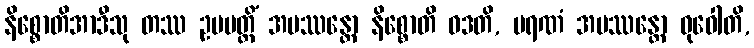
နိစ္စောတိအာဒီသု တဿ ဥပပတ္တိံ အပဿန္တော နိစ္စောတိ ဝဒတိ, မရဏံ အပဿန္တော ဓုဝေါတိ,